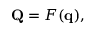
\mathbf { Q } = F ( \mathbf { q } ) ,